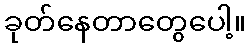
ခုတ်နေတာတွေပေါ့။